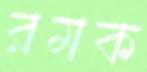
রমক